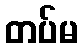
တပ်မ